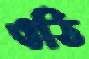
ওঠি